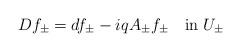
LaTeX: \begin{align*}Df_\pm = df_\pm - i q A_\pm f_\pm \quad \mbox{in} \; U_{\pm}\end{align*}